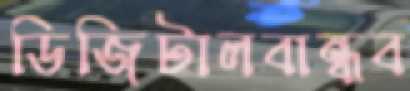
ডিজিটালবান্ধব